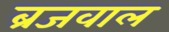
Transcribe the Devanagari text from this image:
ब्रजवाल